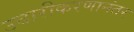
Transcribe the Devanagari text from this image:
उदारीकरणानंतर